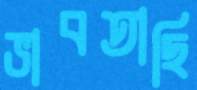
ভাবতাছি